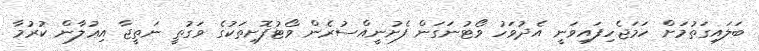
ބަލައިގަތުމަށް ހަމަޖެހިފައިވަނީ އެދުވަހު ވޯޓުނަގަން ފެށުނީއްސުރެން ވޯޓުފޮށިތަކުގެ ވަގުތީ ނަތީޖާ އިޢުލާން ކުރުމާ